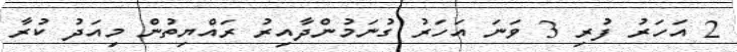
2 އަހަރު ފުރި 3 ވަނަ އަހަރު ގުނަމުންދާއިރު ރައްޔިތުން މިއަދު ކުރާ